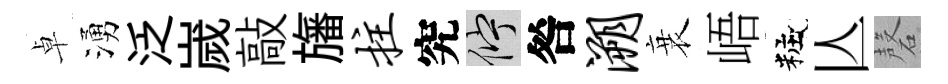
卓湧泛嵗敲旛拄究伫咎溯衰峿粧亾磬